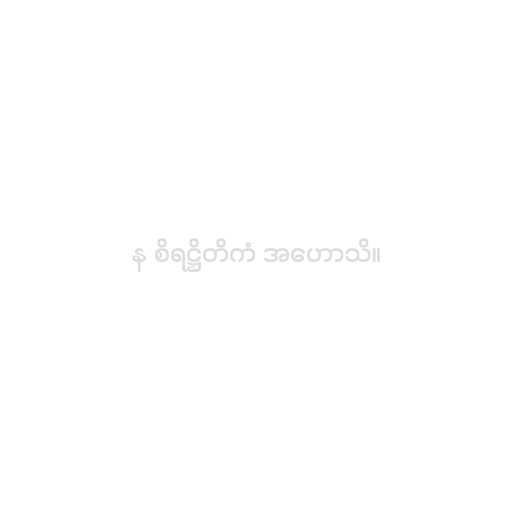
န စိရဋ္ဌိတိကံ အဟောသိ။